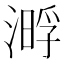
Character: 𣼔